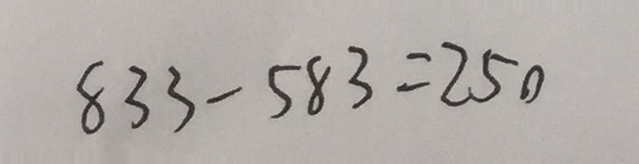
8 3 3 - 5 8 3 = 2 5 0